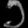
Digit: ၁